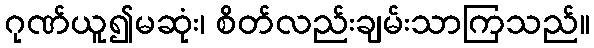
ဂုဏ်ယူ၍မဆုံး၊ စိတ်လည်းချမ်းသာကြသည်။